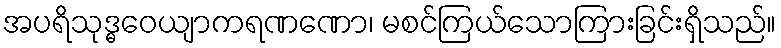
အပရိသုဒ္ဓဝေယျာကရဏဏော၊ မစင်ကြယ်သောကြားခြင်းရှိသည်။